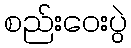
စည်းဝေးပွဲ